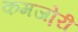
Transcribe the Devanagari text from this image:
कमजो़री